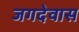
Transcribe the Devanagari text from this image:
जगदेवास